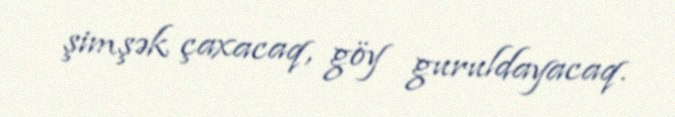
şimşək çaxacaq, göy guruldayacaq.